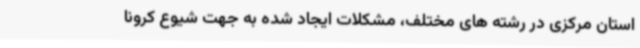
استان مرکزی در رشته های مختلف، مشکلات ایجاد شده به جهت شیوع کرونا